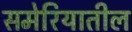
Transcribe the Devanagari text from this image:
समेरियातील